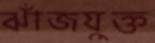
ঝাঁজযুক্ত